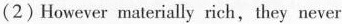
(2)However materially rich,they never